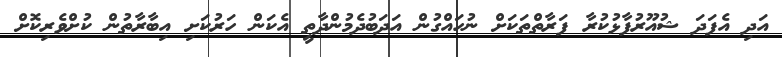
އަދި އެފަދަ ޝުއޫރުފާޅުކުރާ ފަރާތްތަކަށް ނުހައްގުން އަދަބުދެމުންދާތީ އެކަން ހަރުކަށި އިބާރާތުން ކުށްވެރިކޮށް